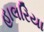
હાલરિયા